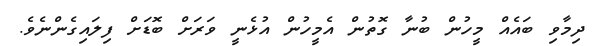
ދިމާވި ބައެއް މީހުން ބުނާ ގޮތުން އެމީހުން އުޅެނީ ވަރަށް ބޮޑަށް ފިލައިގެންނެވެ.